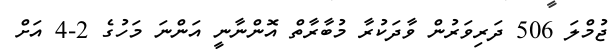
ޖުމްލަ 506 ދަރިވަރުން ވާދަކުރާ މުބާރާތް އޮންނާނީ އަންނަ މަހުގެ 2-4 އަށް